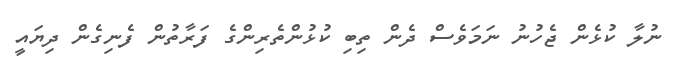
ނުލާ ކުޅެން ޖެހުނު ނަމަވެސް ދެން ތިބި ކުޅުންތެރިންގެ ފަރާތުން ފެނިގެން ދިޔައީ